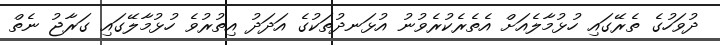
ދުވަހުގެ ތެރޭގައި ހުޅުމާލެއަށް އެތެރެކުރެވުނު އުޅަނދުތަކުގެ އަދަދު އިތުރުވެ ހުޅުމާލޭގައި ގަރާޖު ނެތް